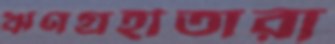
ঋণগ্রহীতারা